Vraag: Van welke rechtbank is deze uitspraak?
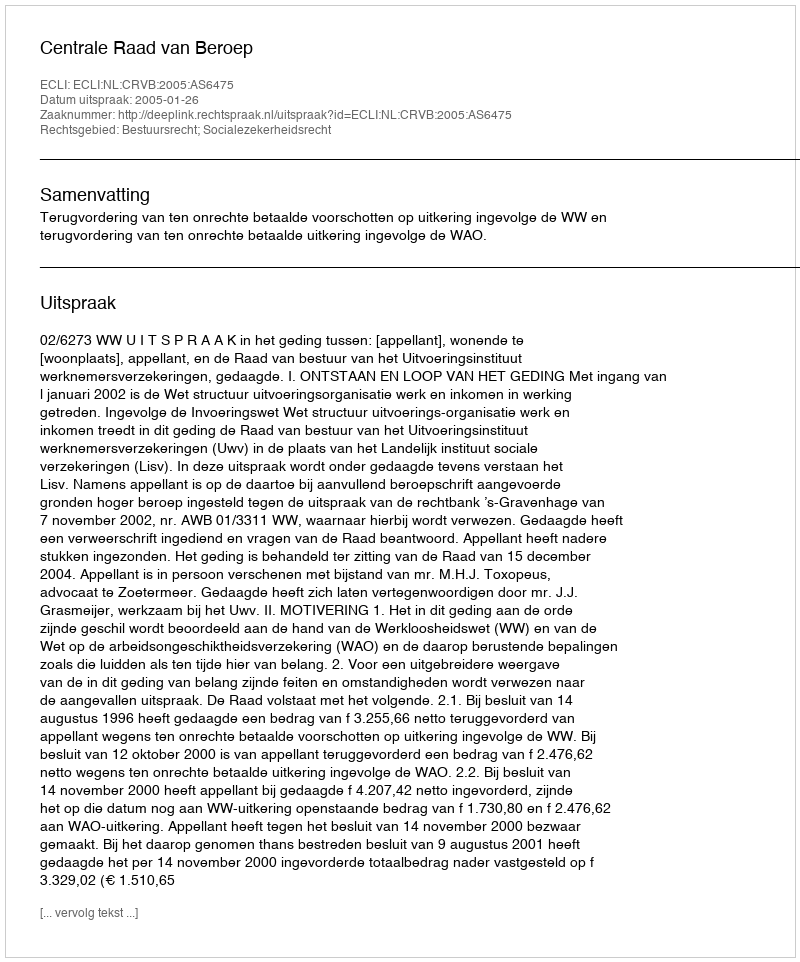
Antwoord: Centrale Raad van Beroep